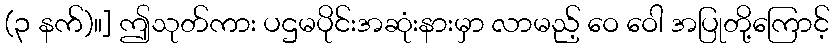
(၃ နက်)။] ဤသုတ်ကား ပဌမပိုင်းအဆုံးနားမှာ လာမည့် ဝေ ဝေါ အပြုတို့ကြောင့်